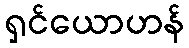
ရှင်ယောဟန်